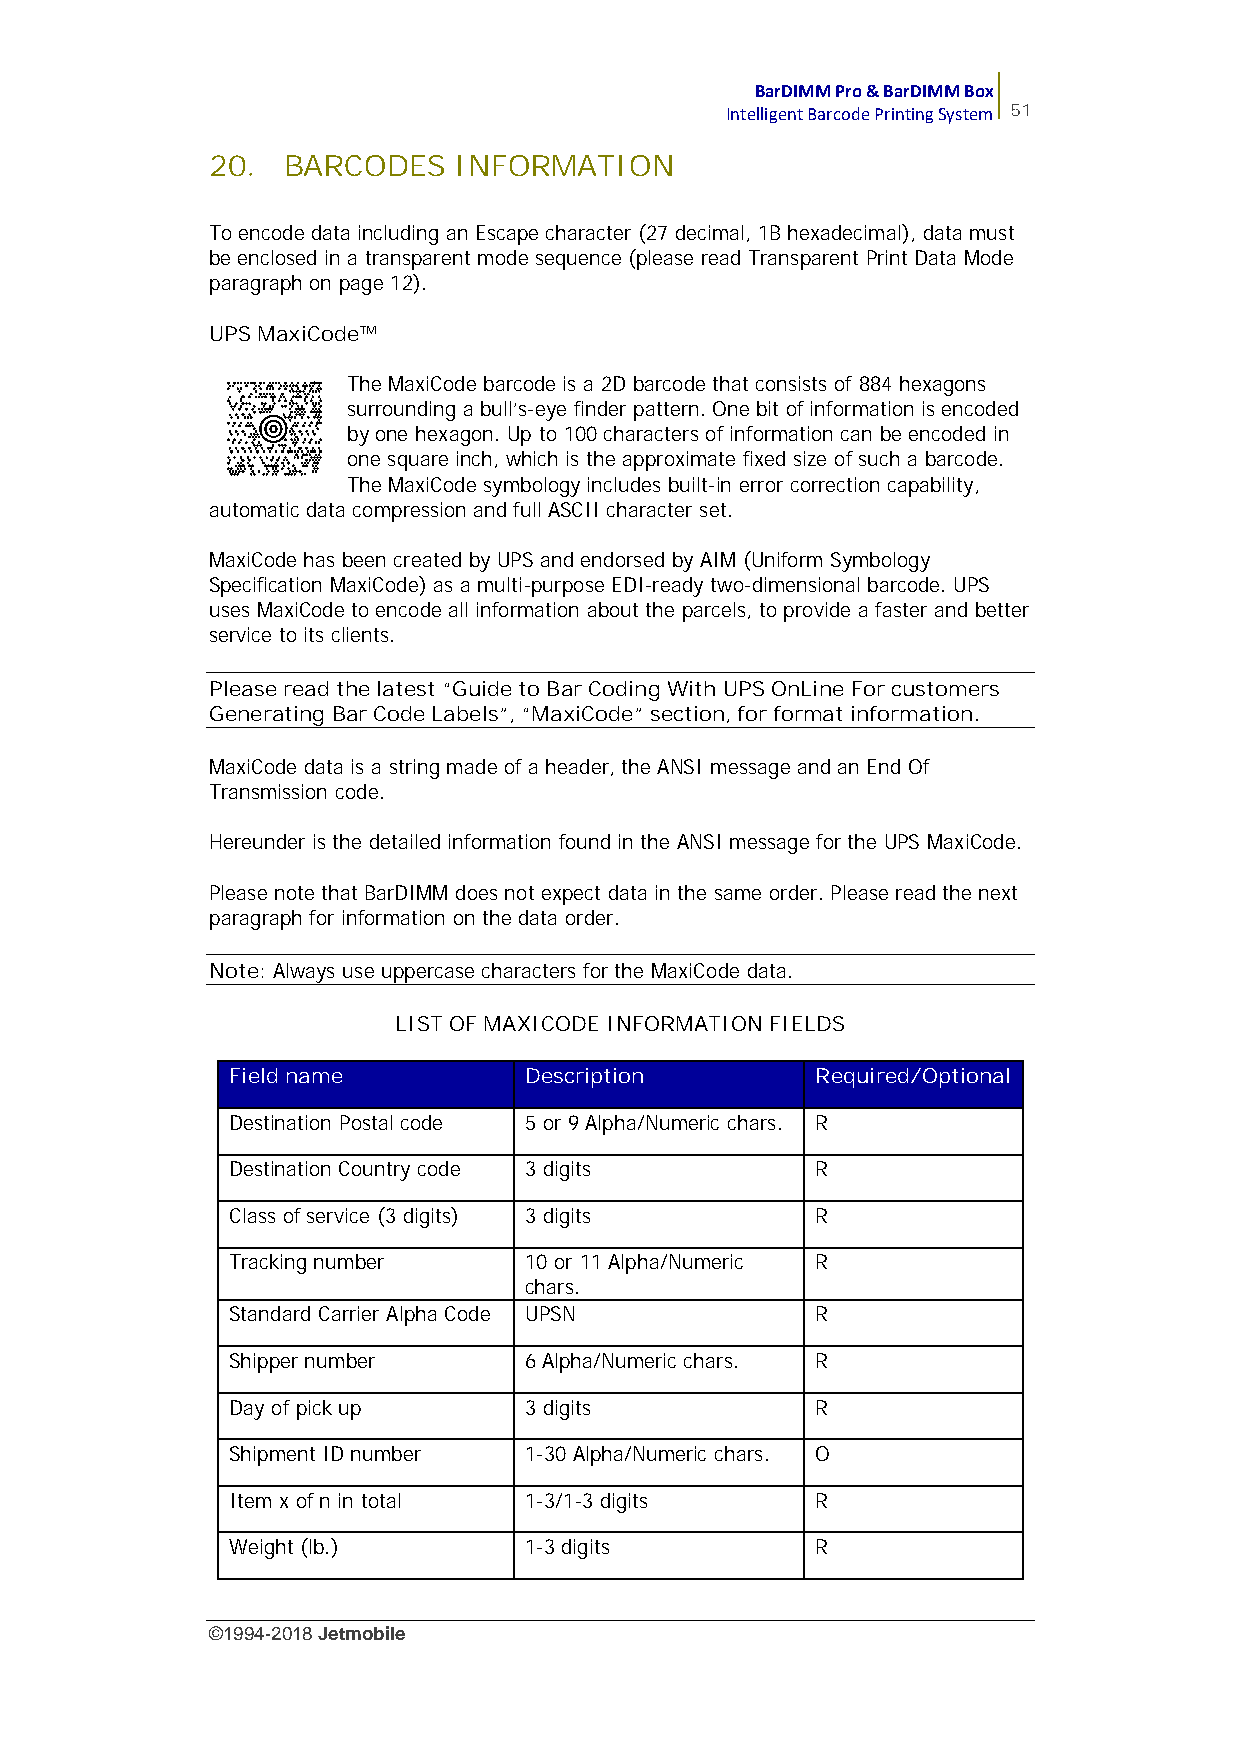
BarDIMM Pro & BarDIMM Box
 Intelligent Barcode Printing System 51
 20.  BARCODES   INFORMATION
 To encode data including an Escape character (27 decimal, 1B hexadecimal), data must
 be enclosed in a transparent mode sequence (please read Transparent Print Data Mode
 paragraph on page 12).
 UPS MaxiCode™
 The MaxiCode barcode is a 2D barcode that consists of 884 hexagons
 surrounding a bull’s-eye finder pattern. One bit of information is encoded
 by one hexagon. Up to 100 characters of information can be encoded in
 one square inch, which is the approximate fixed size of such a barcode.
 The MaxiCode symbology includes built-in error correction capability,
 automatic data compression and full ASCII character set.
 MaxiCode has been created by UPS and endorsed by AIM (Uniform Symbology
 Specification MaxiCode) as a multi-purpose EDI-ready two-dimensional barcode. UPS
 uses MaxiCode to encode all information about the parcels, to provide a faster and better
 service to its clients.
 Please read the latest “Guide to Bar Coding With UPS OnLine For customers
 Generating Bar Code Labels”, “MaxiCode” section, for format information.
 MaxiCode data is a string made of a header, the ANSI message and an End Of
 Transmission code.
 Hereunder is the detailed information found in the ANSI message for the UPS MaxiCode.
 Please note that BarDIMM does not expect data in the same order. Please read the next
 paragraph for information on the data order.
 Note: Always use uppercase characters for the MaxiCode data.
 LIST OF MAXICODE INFORMATION FIELDS
 Field name          Description        Required/Optional
 Destination Postal code 5 or 9 Alpha/Numeric chars. R
 Destination Country code 3 digits      R
 Class of service (3 digits) 3 digits   R
 Tracking number     10 or 11 Alpha/Numeric R
 chars.
 Standard Carrier Alpha Code UPSN       R
 Shipper number      6 Alpha/Numeric chars. R
 Day of pick up      3 digits           R
 Shipment ID number  1-30 Alpha/Numeric chars. O
 Item x of n in total 1-3/1-3 digits    R
 Weight (lb.)        1-3 digits         R
 ©1994-2018Jetmobile
 E
 r
 r
 o